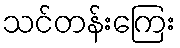
သင်တန်းကြေး